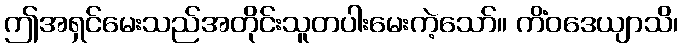
ဤအရှင်မေးသည်အတိုင်းသူတပါးမေးကဲ့သော်။ ကိံဝဒေယျာသိ၊